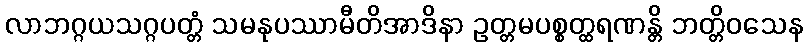
လာဘဂ္ဂယသဂ္ဂပတ္တံ သမနုပဿာမီတိအာဒိနာ ဥတ္တမပစ္စတ္ထရဏန္တိ ဘတ္တိဝသေန